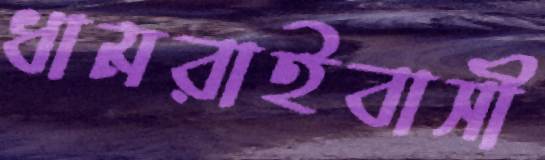
ধামরাইবাসী